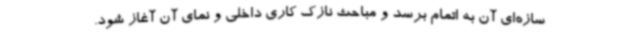
سازه‌ای آن به اتمام برسد و مباحث نازک کاری داخلی و نمای آن آغاز شود.